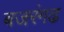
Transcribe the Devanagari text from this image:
बजरंगढ